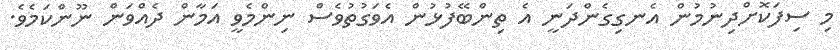
މި ސިފަކޮށްދިނުމުން އެނގިގެންދަނީ އެ ތިންބޭފުޅުން އެވަގުތުވެސް ނިންމެވީ އަމާން ދެއްވަން ނޫންކަމެވެ.